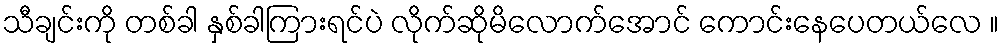
သီချင်းကို တစ်ခါ နှစ်ခါကြားရင်ပဲ လိုက်ဆိုမိလောက်အောင် ကောင်းနေပေတယ်လေ ။